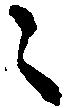
々